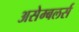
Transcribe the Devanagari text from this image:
असेम्बलर्स